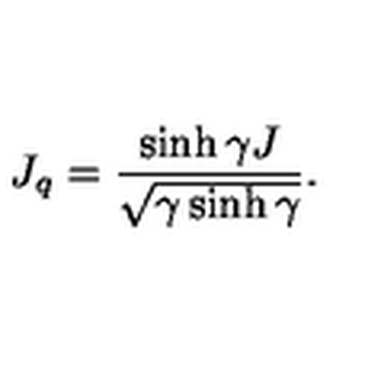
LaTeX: J _ { q } = \displaystyle \frac { \sinh \gamma J } { \sqrt { \gamma \sinh \gamma } } .